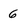
Character: 6